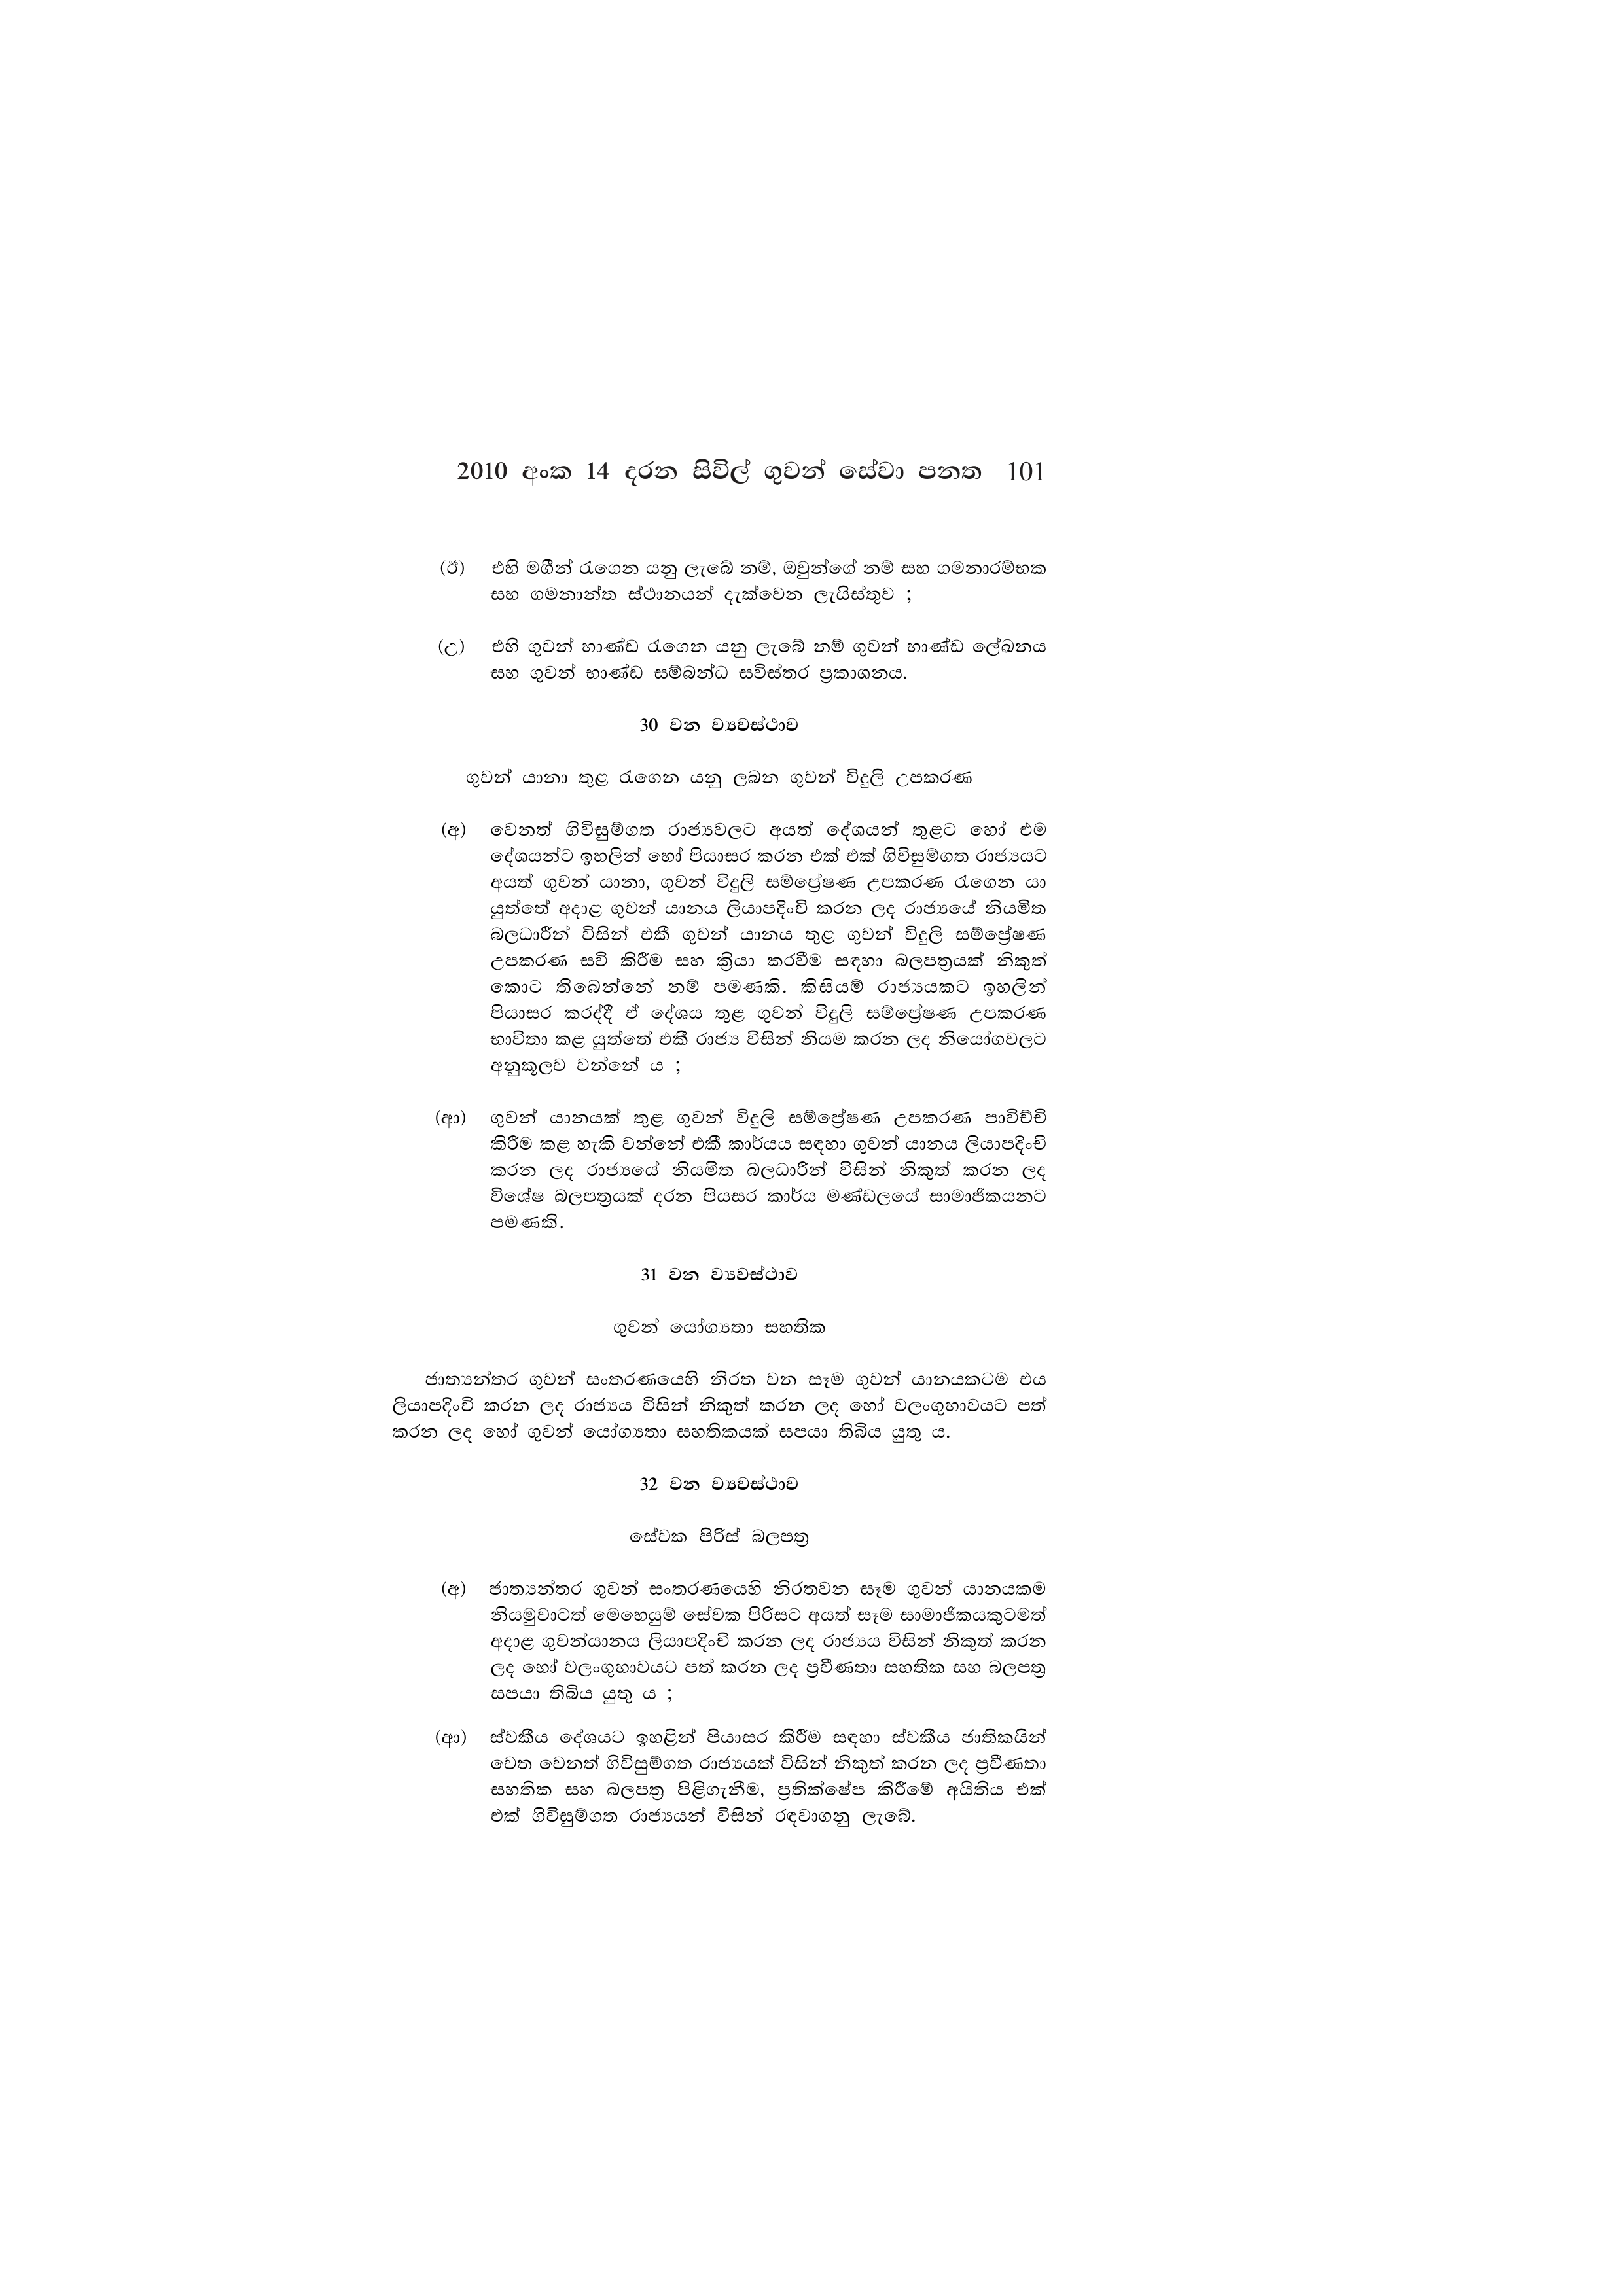
2010 අංක 14 දරන සිවිල් ගුවන් සේවා පනත 101

(ඊ) එහි මගීන් රැගෙන යනු ලැබේ නම්, ඔවුන්ගේ නම් සහ ගමනාරම්භක
සහ ගමනාන්ත ස්ථානයන් දැක්වෙන ලැයිස්තුව ;

(උ) එහි ගුවන් භාණ්ඩ රැගෙන යනු ලැබේ නම් ගුවන් භාණ්ඩ ලේඛනය
සහ ගුවන් භාණ්ඩ සම්බන්ධ සවිස්තර ප්‍රකාශනය.

30 වන ව්‍යවස්ථාව

ගුවන් යානා තුළ රැගෙන යනු ලබන ගුවන් විදුලි උපකරණ

(අ) වෙනත් ගිවිසුම්ගත රාජ්‍යවලට අයත් දේශයන් තුළට හෝ එම
දේශයන්ට ඉහලින් හෝ පියාසර කරන එක් එක් ගිවිසුම්ගත රාජ්‍යයට
අයත් ගුවන් යානා, ගුවන් විදුලි සම්ප්‍රේෂණ උපකරණ රැගෙන යා
යුත්තේ අදාළ ගුවන් යානය ලියාපදිංචි කරන ලද රාජ්‍යයේ නියමිත
බලධාරීන් විසින් එකී ගුවන් යානය තුළ ගුවන් විදුලි සම්ප්‍රේෂණ
උපකරණ සවි කිරීම සහ ක්‍රියා කරවීම සඳහා බලපත්‍රයක් නිකුත්
කොට තිබෙන්නේ නම් පමණකි. කිසියම් රාජ්‍යයකට ඉහලින්
පියාසර කරද්දී ඒ දේශය තුළ ගුවන් විදුලි සම්ප්‍රේෂණ උපකරණ
භාවිතා කළ යුත්තේ එකී රාජ්‍ය විසින් නියම කරන ලද නියෝගවලට
අනුකූලව වන්නේ ය ;

(ආ) ගුවන් යානයක් තුළ ගුවන් විදුලි සම්ප්‍රේෂණ උපකරණ පාවිච්චි
කිරීම කළ හැකි වන්නේ එකී කාර්යය සඳහා ගුවන් යානය ලියාපදිංචි
කරන ලද රාජ්‍යයේ නියමිත බලධාරීන් විසින් නිකුත් කරන ලද
විශේෂ බලපත්‍රයක් දරන පියසර කාර්ය මණ්ඩලයේ සාමාජිකයනට
පමණකි.

31 වන ව්‍යවස්ථාව

ගුවන් යෝග්‍යතා සහතික

ජාත්‍යන්තර ගුවන් සංතරණයෙහි නිරත වන සෑම ගුවන් යානයකටම එය
ලියාපදිංචි කරන ලද රාජ්‍යය විසින් නිකුත් කරන ලද හෝ වලංගුභාවයට පත්
කරන ලද හෝ ගුවන් යෝග්‍යතා සහතිකයක් සපයා තිබිය යුතු ය.

32 වන ව්‍යවස්ථාව

සේවක පිරිස් බලපත්‍ර

(අ) ජාත්‍යන්තර ගුවන් සංතරණයෙහි නිරතවන සෑම ගුවන් යානයකම
නියමුවාටත් මෙහෙයුම් සේවක පිරිසට අයත් සෑම සාමාජිකයකුටමත්
අදාළ ගුවන්යානය ලියාපදිංචි කරන ලද රාජ්‍යය විසින් නිකුත් කරන
ලද හෝ වලංගුභාවයට පත් කරන ලද ප්‍රවීණතා සහතික සහ බලපත්‍ර
සපයා තිබිය යුතු ය ;

(ආ) ස්වකීය දේශයට ඉහළින් පියාසර කිරීම සඳහා ස්වකීය ජාතිකයින්
වෙත වෙනත් ගිවිසුම්ගත රාජ්‍යයක් විසින් නිකුත් කරන ලද ප්‍රවීණතා
සහතික සහ බලපත්‍ර පිළිගැනීම, ප්‍රතික්ෂේප කිරීමේ අයිතිය එක්
එක් ගිවිසුම්ගත රාජ්‍යයන් විසින් රඳවාගනු ලැබේ.